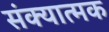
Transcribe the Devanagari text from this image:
संक्यात्मक